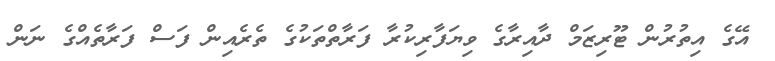
އޭގެ އިތުރުން ޓޫރިޒަމް ދާއިރާގެ ވިޔަފާރިކުރާ ފަރާތްތަކުގެ ތެރެއިން ފަސް ފަރާތެއްގެ ނަން